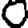
Digit: 0